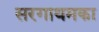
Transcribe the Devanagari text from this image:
सरगाथमका